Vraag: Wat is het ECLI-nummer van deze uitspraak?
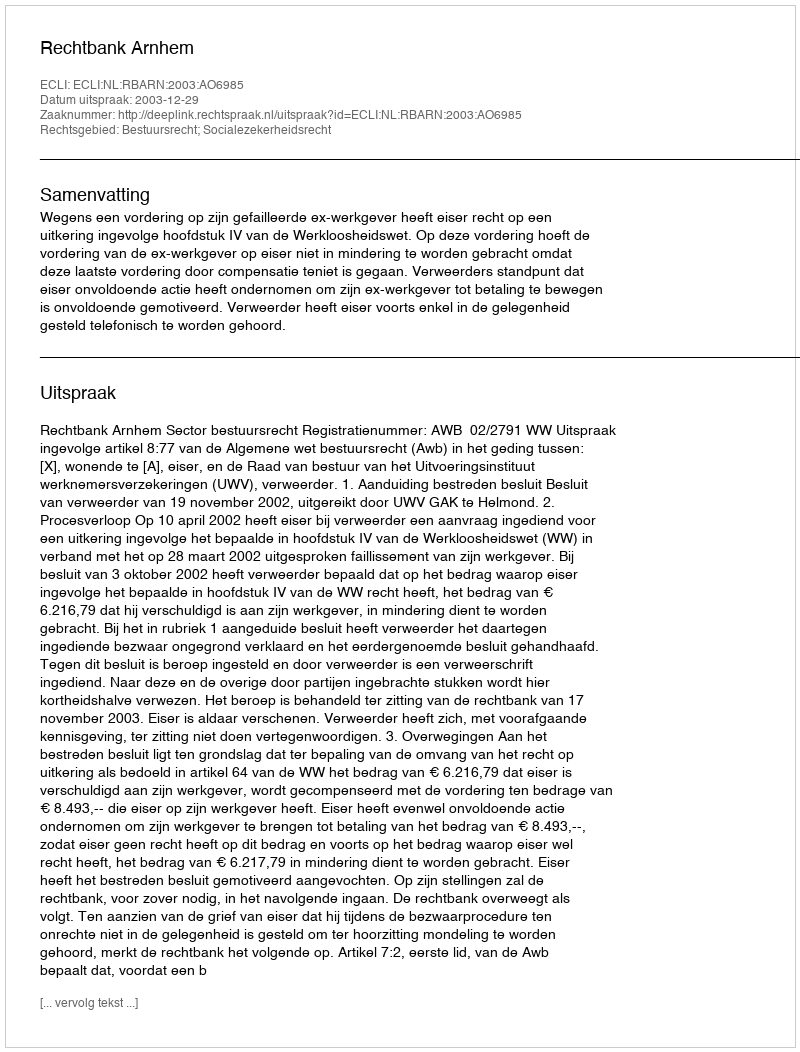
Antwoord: ECLI:NL:RBARN:2003:AO6985